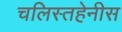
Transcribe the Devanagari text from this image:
चलिस्तहेनीस